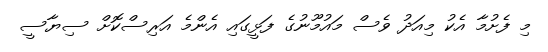
މި ފެށުމާ އެކު މިއަދު ވެސް މައުމޫނުގެ ފަޅީގައި އެންމެ އަރިސްކޮށް ސިޔާސީ